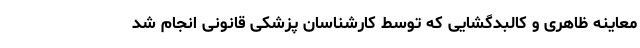
معاینه ظاهری و کالبدگشایی که توسط کارشناسان پزشکی قانونی انجام شد